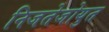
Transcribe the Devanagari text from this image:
निजतेजोयुत